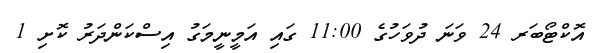
އޮކްޓޯބަރ 24 ވަނަ ދުވަހުގެ 11:00 ގައި އަމީނީމަގު އިސްކަންދަރު ކޮށި 1